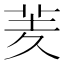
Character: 羐